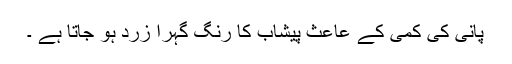
پانی کی کمی کے عاعث پیشاب کا رنگ گہرا زرد ہو جاتا ہے ۔